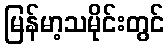
မြန်မာ့သမိုင်းတွင်